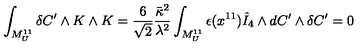
\int _ { M _ { U } ^ { 1 1 } } \delta C ^ { \prime } \wedge K \wedge K = \frac { 6 } { \sqrt { 2 } } \frac { \bar { \kappa } ^ { 2 } } { \lambda ^ { 2 } } \int _ { M _ { U } ^ { 1 1 } } \epsilon ( x ^ { 1 1 } ) \hat { I } _ { 4 } \wedge d C ^ { \prime } \wedge \delta C ^ { \prime } = 0